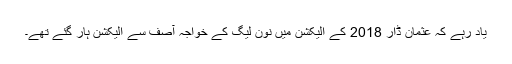
یاد رہے کہ عثمان ڈار 2018 کے الیکشن میں نون لیگ کے خواجہ آصف سے الیکشن ہار گئے تھے۔